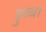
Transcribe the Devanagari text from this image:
डुब्वा